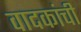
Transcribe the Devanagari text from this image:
वादकांची